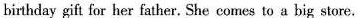
birthday gift for her father. She comes to a big store.